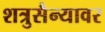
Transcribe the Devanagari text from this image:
शत्रुसैन्यावर